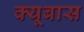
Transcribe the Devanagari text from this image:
क्यूबास